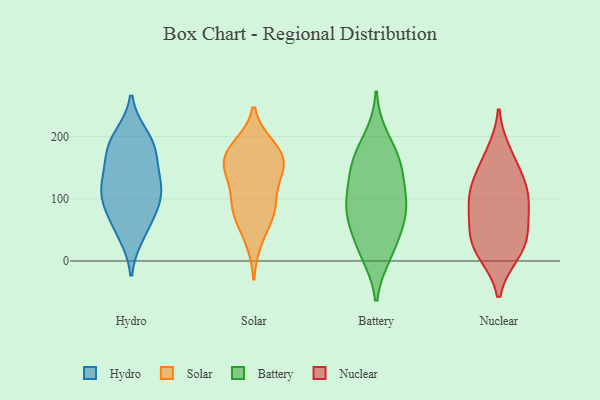
{"axis": {"x": "Active Users", "y": "Value"}, "legend": ["Battery", "Hydro", "Nuclear", "Solar"], "data": [{"x": "", "y": 190, "type": "Hydro"}, {"x": "", "y": 57, "type": "Hydro"}, {"x": "", "y": 179, "type": "Hydro"}, {"x": "", "y": 106, "type": "Hydro"}, {"x": "", "y": 199, "type": "Hydro"}, {"x": "", "y": 84, "type": "Hydro"}, {"x": "", "y": 98, "type": "Hydro"}, {"x": "", "y": 43, "type": "Hydro"}, {"x": "", "y": 174, "type": "Hydro"}, {"x": "", "y": 129, "type": "Hydro"}, {"x": "", "y": 136, "type": "Hydro"}, {"x": "", "y": 115, "type": "Hydro"}, {"x": "", "y": 129, "type": "Solar"}, {"x": "", "y": 180, "type": "Solar"}, {"x": "", "y": 185, "type": "Solar"}, {"x": "", "y": 89, "type": "Solar"}, {"x": "", "y": 166, "type": "Solar"}, {"x": "", "y": 88, "type": "Solar"}, {"x": "", "y": 32, "type": "Solar"}, {"x": "", "y": 77, "type": "Solar"}, {"x": "", "y": 73, "type": "Solar"}, {"x": "", "y": 140, "type": "Solar"}, {"x": "", "y": 169, "type": "Solar"}, {"x": "", "y": 142, "type": "Solar"}, {"x": "", "y": 163, "type": "Solar"}, {"x": "", "y": 41, "type": "Battery"}, {"x": "", "y": 10, "type": "Battery"}, {"x": "", "y": 79, "type": "Battery"}, {"x": "", "y": 97, "type": "Battery"}, {"x": "", "y": 89, "type": "Battery"}, {"x": "", "y": 81, "type": "Battery"}, {"x": "", "y": 167, "type": "Battery"}, {"x": "", "y": 160, "type": "Battery"}, {"x": "", "y": 55, "type": "Battery"}, {"x": "", "y": 147, "type": "Battery"}, {"x": "", "y": 149, "type": "Battery"}, {"x": "", "y": 111, "type": "Battery"}, {"x": "", "y": 12, "type": "Battery"}, {"x": "", "y": 199, "type": "Battery"}, {"x": "", "y": 173, "type": "Nuclear"}, {"x": "", "y": 53, "type": "Nuclear"}, {"x": "", "y": 15, "type": "Nuclear"}, {"x": "", "y": 13, "type": "Nuclear"}, {"x": "", "y": 112, "type": "Nuclear"}, {"x": "", "y": 150, "type": "Nuclear"}, {"x": "", "y": 93, "type": "Nuclear"}, {"x": "", "y": 117, "type": "Nuclear"}, {"x": "", "y": 100, "type": "Nuclear"}, {"x": "", "y": 53, "type": "Nuclear"}, {"x": "", "y": 30, "type": "Nuclear"}]}